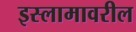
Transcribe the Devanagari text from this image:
इस्लामावरील